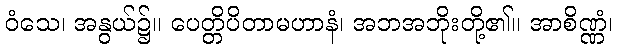
ဝံသေ၊ အနွယ်၌။ ပေတ္တိပိတာမဟာနံ၊ အဘအဘိုးတို့၏။ အာစိဏ္ဏံ၊